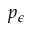
p _ { \epsilon }